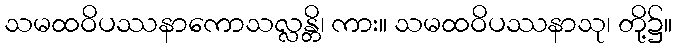
သမထဝိပဿနာကောသလ္လန္တိ၊ ကား။ သမထဝိပဿနာသု၊ တို့၌။